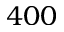
4 0 0